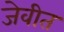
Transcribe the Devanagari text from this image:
जेवीत